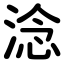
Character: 淰